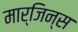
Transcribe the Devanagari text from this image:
मार्जिन्स